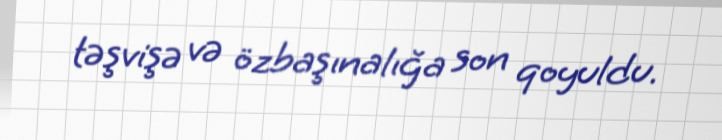
təşvişə və özbaşınalığa son qoyuldu.